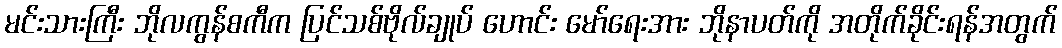
မင်းသားကြီး ဘိုလကွန်စကီက ပြင်သစ်ဗိုလ်ချုပ် ဟောင်း မော်ရေးအား ဘိုနာပတ်ကို အတိုက်ခိုင်းရန်အတွက်